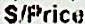
S/PRICE